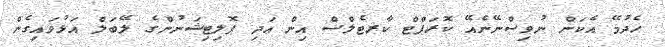
ހެދުމޭ އެކަން ނުވިސްނޭނެއޭ ކޮރަޕްޓް ކާރޓެލްސް އިން އަދި ޕޮލިޓިޝަނުންގެ ލޭބަލް އަޅުވައިގެން